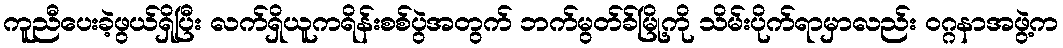
ကူညီပေးခဲ့ဖွယ်ရှိပြီး လက်ရှိယူကရိန်းစစ်ပွဲအတွက် ဘက်မွတ်ခ်မြို့ကို သိမ်းပိုက်ရာမှာလည်း ၀ဂ္ဂနာအဖွဲ့က